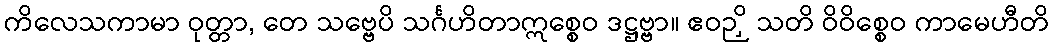
ကိလေသကာမာ ဝုတ္တာ, တေ သဗ္ဗေပိ သင်္ဂဟိတာဣစ္စေဝ ဒဋ္ဌဗ္ဗာ။ ဧဝဉှိ သတိ ဝိဝိစ္စေဝ ကာမေဟီတိ